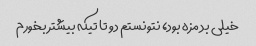
خیلی بد مزه بود، نتونستم دو تا تیکه بیشتر بخورم